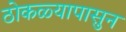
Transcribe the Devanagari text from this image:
ठोकळ्यापासुन